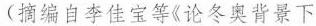
（编自李佳宝等《论冬奥背景下